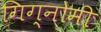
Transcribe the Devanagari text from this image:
गिग्नोमी